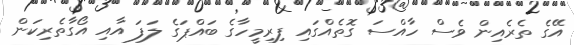
އޭގެ ތެރެއިން ވެސް ހާއްސަ ގޮތެއްގައި ފިރިމީހާގެ ބައްޕަގެ ލަފަ އާއި އޯގާތެރިކަން